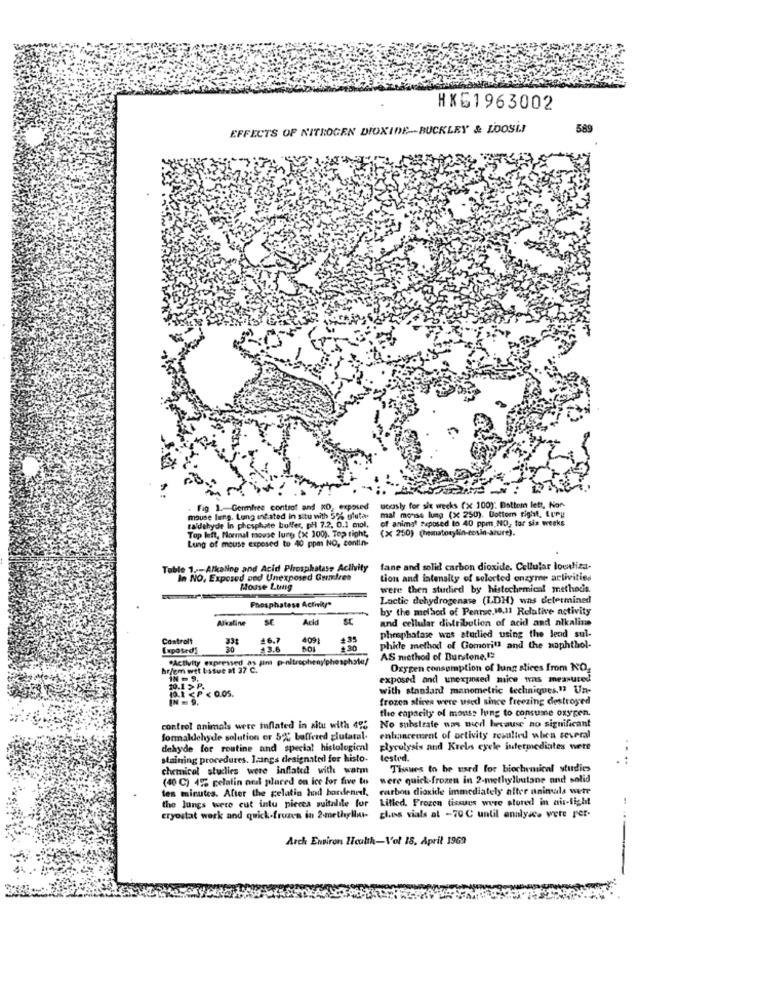
HXG1963002
EFFECTS OF NITROGEN DIOXIDE -- BUCKLEY & LOOSIJ
589
Fig 1. Germires control and NO, exposed
soosly for six weeks (x 100): Bottomn lett, Non-
mal monse lung (X 250). Bottom right, Lury
mouse lung. Lung infated in situ with 5% gluta.
taldehyde In phosphate buffer, ph 7.2. 0.1 mol,
of animal Seposed to 40 ppm NO, for six weeks
Top left, Normal mouse lung (x 100). Top right,
(x 250) (hematocylin-cosin-azure).
Lung of mouse exposed to 40 ppm NO, contin-
Table 1 .-- Alkaline and Acid Phosphatase Activity
fane and solid carbon dioxide. Cellular lowliza.
In NO, Exposed pod Unexposed Gundres
tion and intensity of selected enzyme activities
Mouse Lung
were then studied by histechemical methods.
Lactic dehydrogenase (LDH) was determined
Phosphatese Activity"
by the melaod of Penrsc.M.11 Relative activity
Alkaline
SE
Ack
and cellular distribution of acid and alkaline
Controlt
26.7
4091
+39
phosphatase was sturlied using the lend sul-
Exposed)
30
+30
phide method of Gomorit! and the naphthol-
"Activity expressed as pm p-nitrophenyphosphate!
AS method of Burstone,
hr/cm wet batue at 37 C.
Oxygen consumption of lung stices from NO,
IN - 9,
exposed and unexposed mice wns measured
10.1 < P < 0.05.
with standard manometric techniques," Un-
frozen slices were used since freezing destroyed
the capacity of mouss lung to consume oxygen.
control animals were inflated in situ with 495
No substrate nas med because no significant
formaldehyde solution or 5% baffered glutatal.
enhancement of activity resulted when several
dehyde for routine and special histological
glycolysis and Krebs cycle intermediates were
staining procedures. langs designated for histo.
tested.
chemical stuclies were inflated with warm
Thaues to be used for biochemical studies
(40 C) 4% gelatin ous placed on ice for five to
were quick-frozen in 2-methylbutane and solid
tes minutes. After the gelatin had hondened, carbon dioxide immediately after anineds were
the lungs were cut intu piecea suitalite for
Lifled, Frozen tissues were stored in ais-light
cryostat work and quick-frozen in 2-methylla- glass vials at -70 C until analysts were per-
Arch Environ Iculth-Vol 18. April 1969